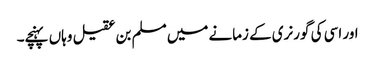
اور اسی کی گورنری کے زمانے میں مسلم بن عقیل وہاں پہنچے۔